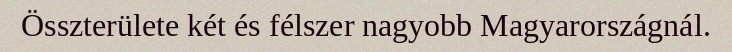
Összterülete két és félszer nagyobb Magyarországnál.